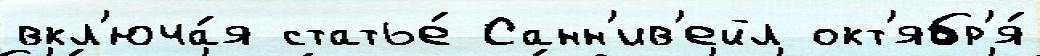
вкл'юча́я статье́ Санн'ив'ейл окт'ябр'я́